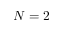
N = 2